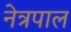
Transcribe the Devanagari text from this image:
नेत्रपाल